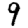
Digit: 9